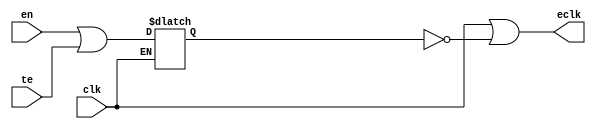
// This program was cloned from: https://github.com/siliconcompiler/lambdalib
// License: MIT License

//#############################################################################
//# Function: Integrated "Or" Clock Gating Cell                               #
//# Copyright: Lambda Project Authors. All rights Reserved.                   #
//# License:  MIT (see LICENSE file in Lambda repository)                     #
//#############################################################################

module la_clkicgor #(
    parameter PROP = "DEFAULT"
) (
    input  clk,  // clock input
    input  te,   // test enable
    input  en,   // enable
    output eclk  // enabled clock output
);

    reg en_stable;

    always @(clk or en or te) if (clk) en_stable <= en | te;

    assign eclk = clk | ~en_stable;

endmodule